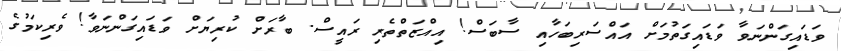
ވަޑައިގަންނަވާ ވަޑައިގަތުމަށް އައްސަރިބަހާއި ސާބަސް! އިއްޒަތްތެރި ރައީސް. ބާރަށް ކުރިޔަށް ވަޑައިގަންނަވާ! ވެރިކަމުގެ